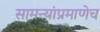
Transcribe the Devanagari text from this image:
सामन्यांप्रमाणेच